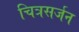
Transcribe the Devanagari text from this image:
चित्रसर्जन